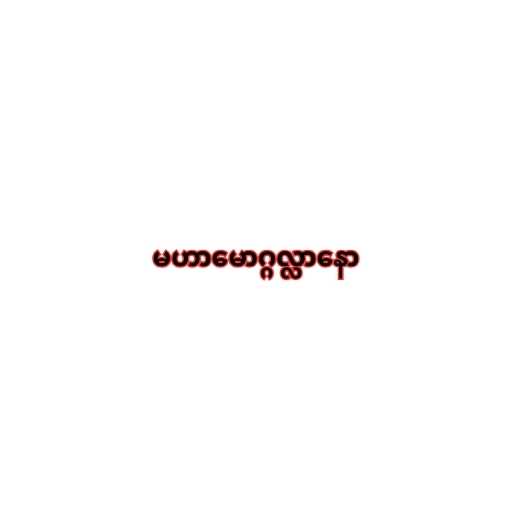
မဟာမောဂ္ဂလ္လာနော